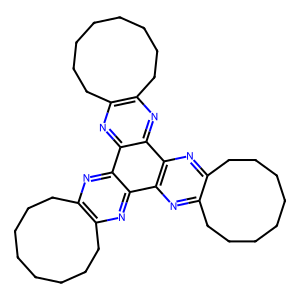
SMILES: C1CCCCc2nc3c(nc2CCC1)c1nc2c(nc1c1nc4c(nc31)CCCCCCCC4)CCCCCCCC2
Inhibits HIV replication: No